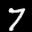
Label: 7